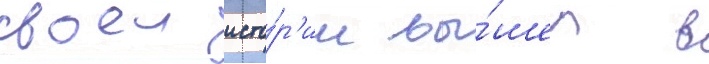
своеи исто́р'ии вы́шел в